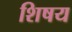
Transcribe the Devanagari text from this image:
शिषय